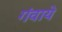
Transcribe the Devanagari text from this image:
गंवाये